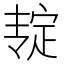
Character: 𰍎